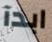
ابدآ